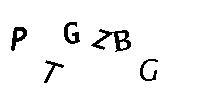
PTGZBG